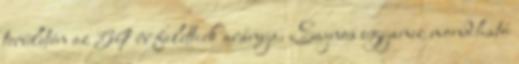
területén az 59 év felettiek aránya. Sajnos ugyanez mondható